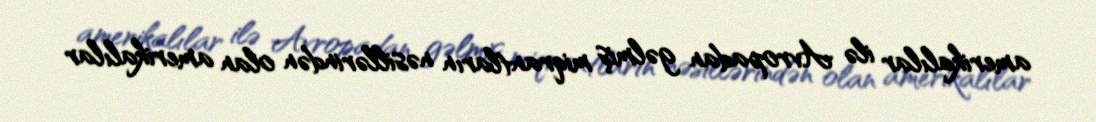
amerikalılar ilə Avropadan gəlmiş miqrantların nəsillərindən olan amerikalılar